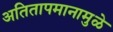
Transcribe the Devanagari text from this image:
अतितापमानामुळे